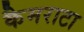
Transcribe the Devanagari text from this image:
कैमराटा